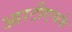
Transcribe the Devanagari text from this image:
आरटीएचके